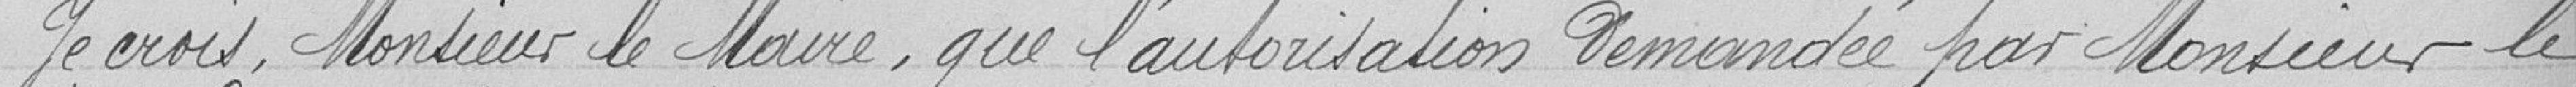
Je crois, Monsieur le Maire, que l'autorisation demandée par Monsieur le